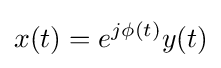
x(t)=e^{j\phi (t)}y(t)